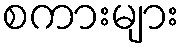
စကားများ